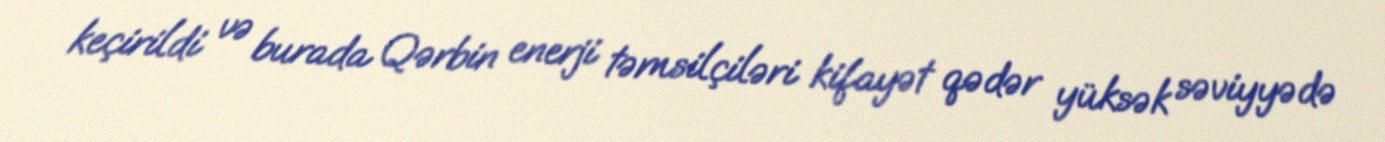
keçirildi və burada Qərbin enerji təmsilçiləri kifayət qədər yüksək səviyyədə